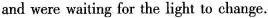
and were waiting for the light to change.